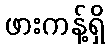
ဖားကန့်ရှိ